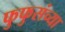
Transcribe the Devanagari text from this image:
फुफुसंच्या